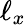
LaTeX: \ell_{x}